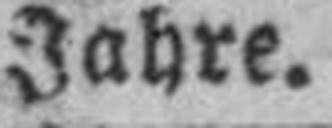
Jahre.